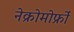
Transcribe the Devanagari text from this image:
नेक्रोमोर्फ्रों